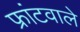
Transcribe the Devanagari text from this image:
फ्रांटवाले